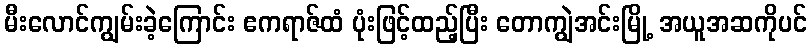
မီးလောင်ကျွမ်းခဲ့ကြောင်း ဧကရာဇ်ထံ ပုံးဖြင့်ထည့်ပြီး တောကျွဲအင်းမြို့ အယူအဆကိုပင်